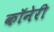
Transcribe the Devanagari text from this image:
कॉनेरी